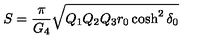
S = { \frac { \pi } { G _ { 4 } } } \sqrt { Q _ { 1 } Q _ { 2 } Q _ { 3 } r _ { 0 } \cosh ^ { 2 } \delta _ { 0 } }